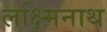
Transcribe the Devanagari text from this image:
लक्ष्मिनाथ